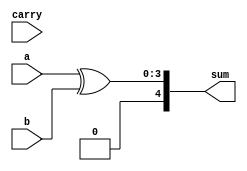
module fa(a, b, carry, sum);
    
input wire [3:0]a, b;
input wire carry;
output [4:0] sum;
// reg    [4:0] sum;

assign carry = a & b;
assign sum = a ^ b;

endmodule